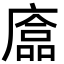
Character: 𢊴